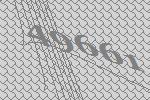
49661